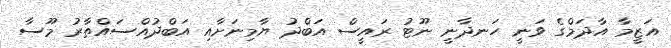
އަޒީމާ އާދަމްގެ ވަނީ ހަނދާނީ ނޫޓު ރައީސް އަބްދު ޔާމިނަށާއި އަބްދުއްސައްތާރު މޫސާ